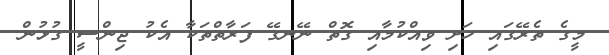
މީގެ ތެރޭގައި ހަށި ވިއްކުމާއި ގޮތް ނޭނގޭ ފަރާތްތަކާ އެކު ޖިންސީ ގުޅުން